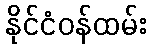
နိုင်ငံဝန်ထမ်း